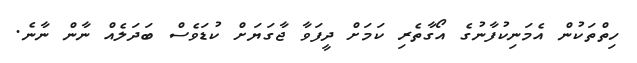
ހިތްތަކުން އެމަނިކުފާނުގެ އޯގާތެރި ކަމަށް ދީފަވާ ޖާގަޔަށް ކުޑަވެސް ބަދަލެއް ނާން ނާނެ.